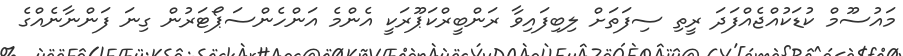
މައުސޫމް ކުޑަކުއްޖެއްފަދަ ރީތި ސިފަތަށް ލިބިފައިވާ ރަންބީރްކަޕޫރަކީ އެންމެ އަންހެންސަޕޯޓަރުން ގިނަ ފަންނާނެއްގެ